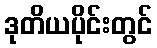
ဒုတိယပိုင်းတွင်